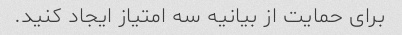
برای حمایت از بیانیه سه امتیاز ایجاد کنید.